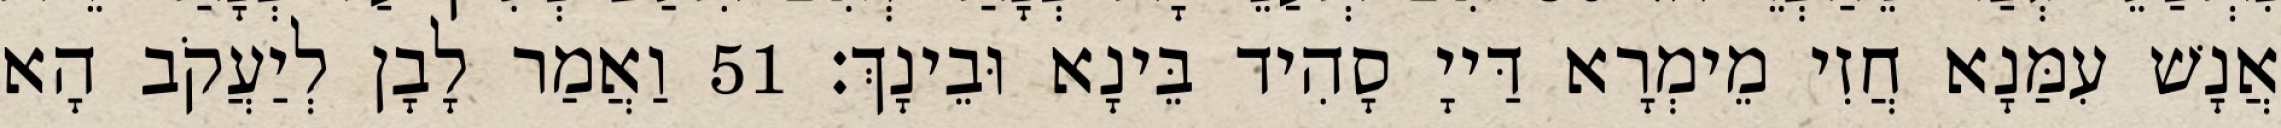
אֲנָשׁ עִמַּנָא חֲזִי מֵימְרָא דַּייָ סָהִיד בֵּינָא וּבֵינָךְ׃ 51 וַאֲמַר לָבָן לְיַעֲקֹב הָא